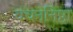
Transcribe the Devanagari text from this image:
वचननिष्ठा